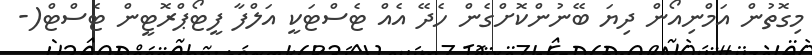
މިގޮތުން އަމްނިއޯން ދިޔަ ބޭނުންކޮށްގެން ހެދޭ އެއް ޓެސްޓަކީ އަލްފާ ފީޓޯޕްރޮޓީން ޓެސްޓް(-